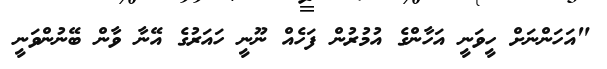
"އަހަންނަށް ހީވަނީ އަހާންގެ އުމުރުން ފަހެއް ނޫނީ ހައަރުގެ އޭނާ ވާން ބޭނުންވަނީ